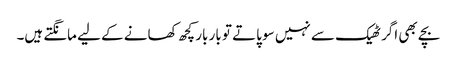
بچے بھی اگر ٹھیک سے نہیں سو پاتے تو بار بار کچھ کھانے کے لیے مانگتے ہیں۔